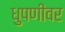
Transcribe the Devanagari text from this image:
धुपणीवर